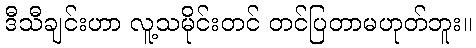
ဒီသီချင်းဟာ လူ့သမိုင်းတင် တင်ပြတာမဟုတ်ဘူး။